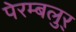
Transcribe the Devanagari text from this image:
पेरम्बलुर्